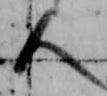
人